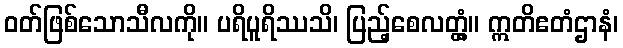
ဝတ်ဖြစ်သောသီလကို။ ပရိပူရိဿသိ၊ ပြည့်စေလတ္တံ့။ ဣတိဧတံဌာနံ၊